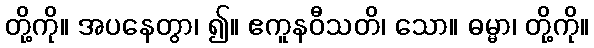
တို့ကို။ အပနေတွာ၊ ၍။ ဧကူနဝီသတိ၊ သော။ ဓမ္မာ၊ တို့ကို။